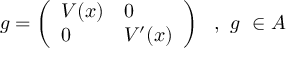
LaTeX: g = \left( \begin{array} { l l } { { V ( x ) } } & { { 0 } } \\ { { 0 } } & { { V ^ { \prime } ( x ) } } \end{array} \right) \, \, \, \, , \, \, g \, \, \in { \cal A }